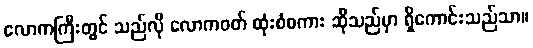
လောကကြီးတွင် သည်လို လောကဝတ် ထုံးစံစကား ဆိုသည်မှာ ရှိကောင်းသည်သာ။